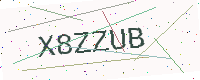
Text: X8ZZUB